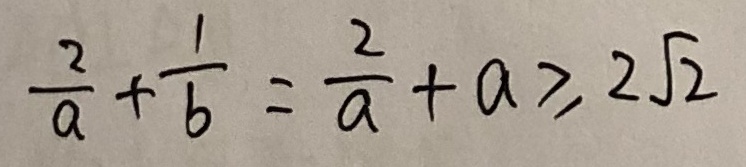
\frac { 2 } { a } + \frac { 1 } { b } = \frac { 2 } { a } + a \geq 2 \sqrt { 2 }